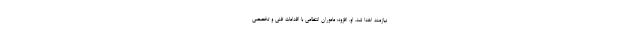
نیازمند اهدا شد. او، افزود: ماموران انتظامی با اقدامات فنی و تخصصی